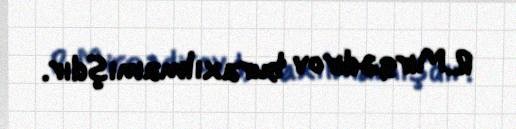
R.Mirqədirov buraxılmamışdır.